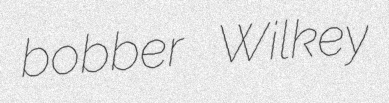
bobber Wilkey